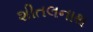
શીતલનાથ